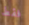
فقط